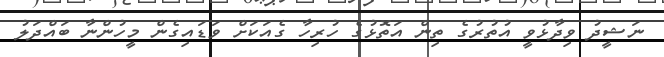
ނަޝީދު ވިދާޅުވީ އުތުރުގެ ތިން އަތޮޅުގެ ހުރިހާ ގެއަކަށް ވަޑައިގެން މީހުންނާ ބައްދަލު